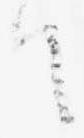
て